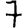
Digit: 7